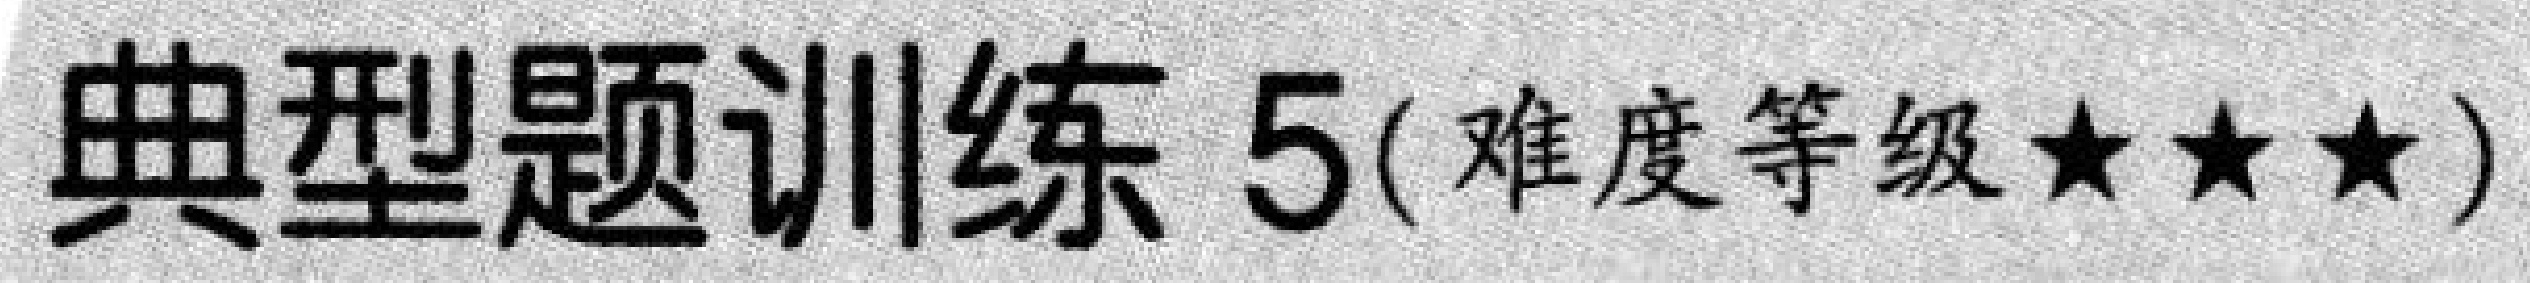
典型题训练 \(5\)(难度等级\(★★★\))